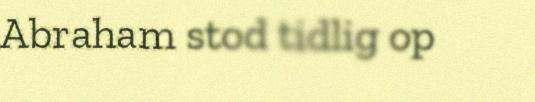
Abraham stod tidlig op